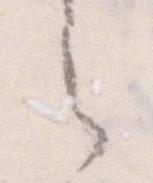
之